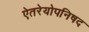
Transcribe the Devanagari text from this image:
ऐतरेयोपनिषद